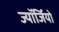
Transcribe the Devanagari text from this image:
ज्यॉर्जियो